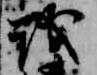
議